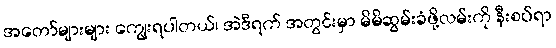
အတော်များများ ကျွေးရပါတယ်၊ အဲဒီရက် အတွင်းမှာ မိမိဆွမ်းခံဖို့လမ်းကို နီးစပ်ရာ